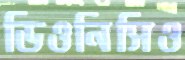
ডিওনিসিও